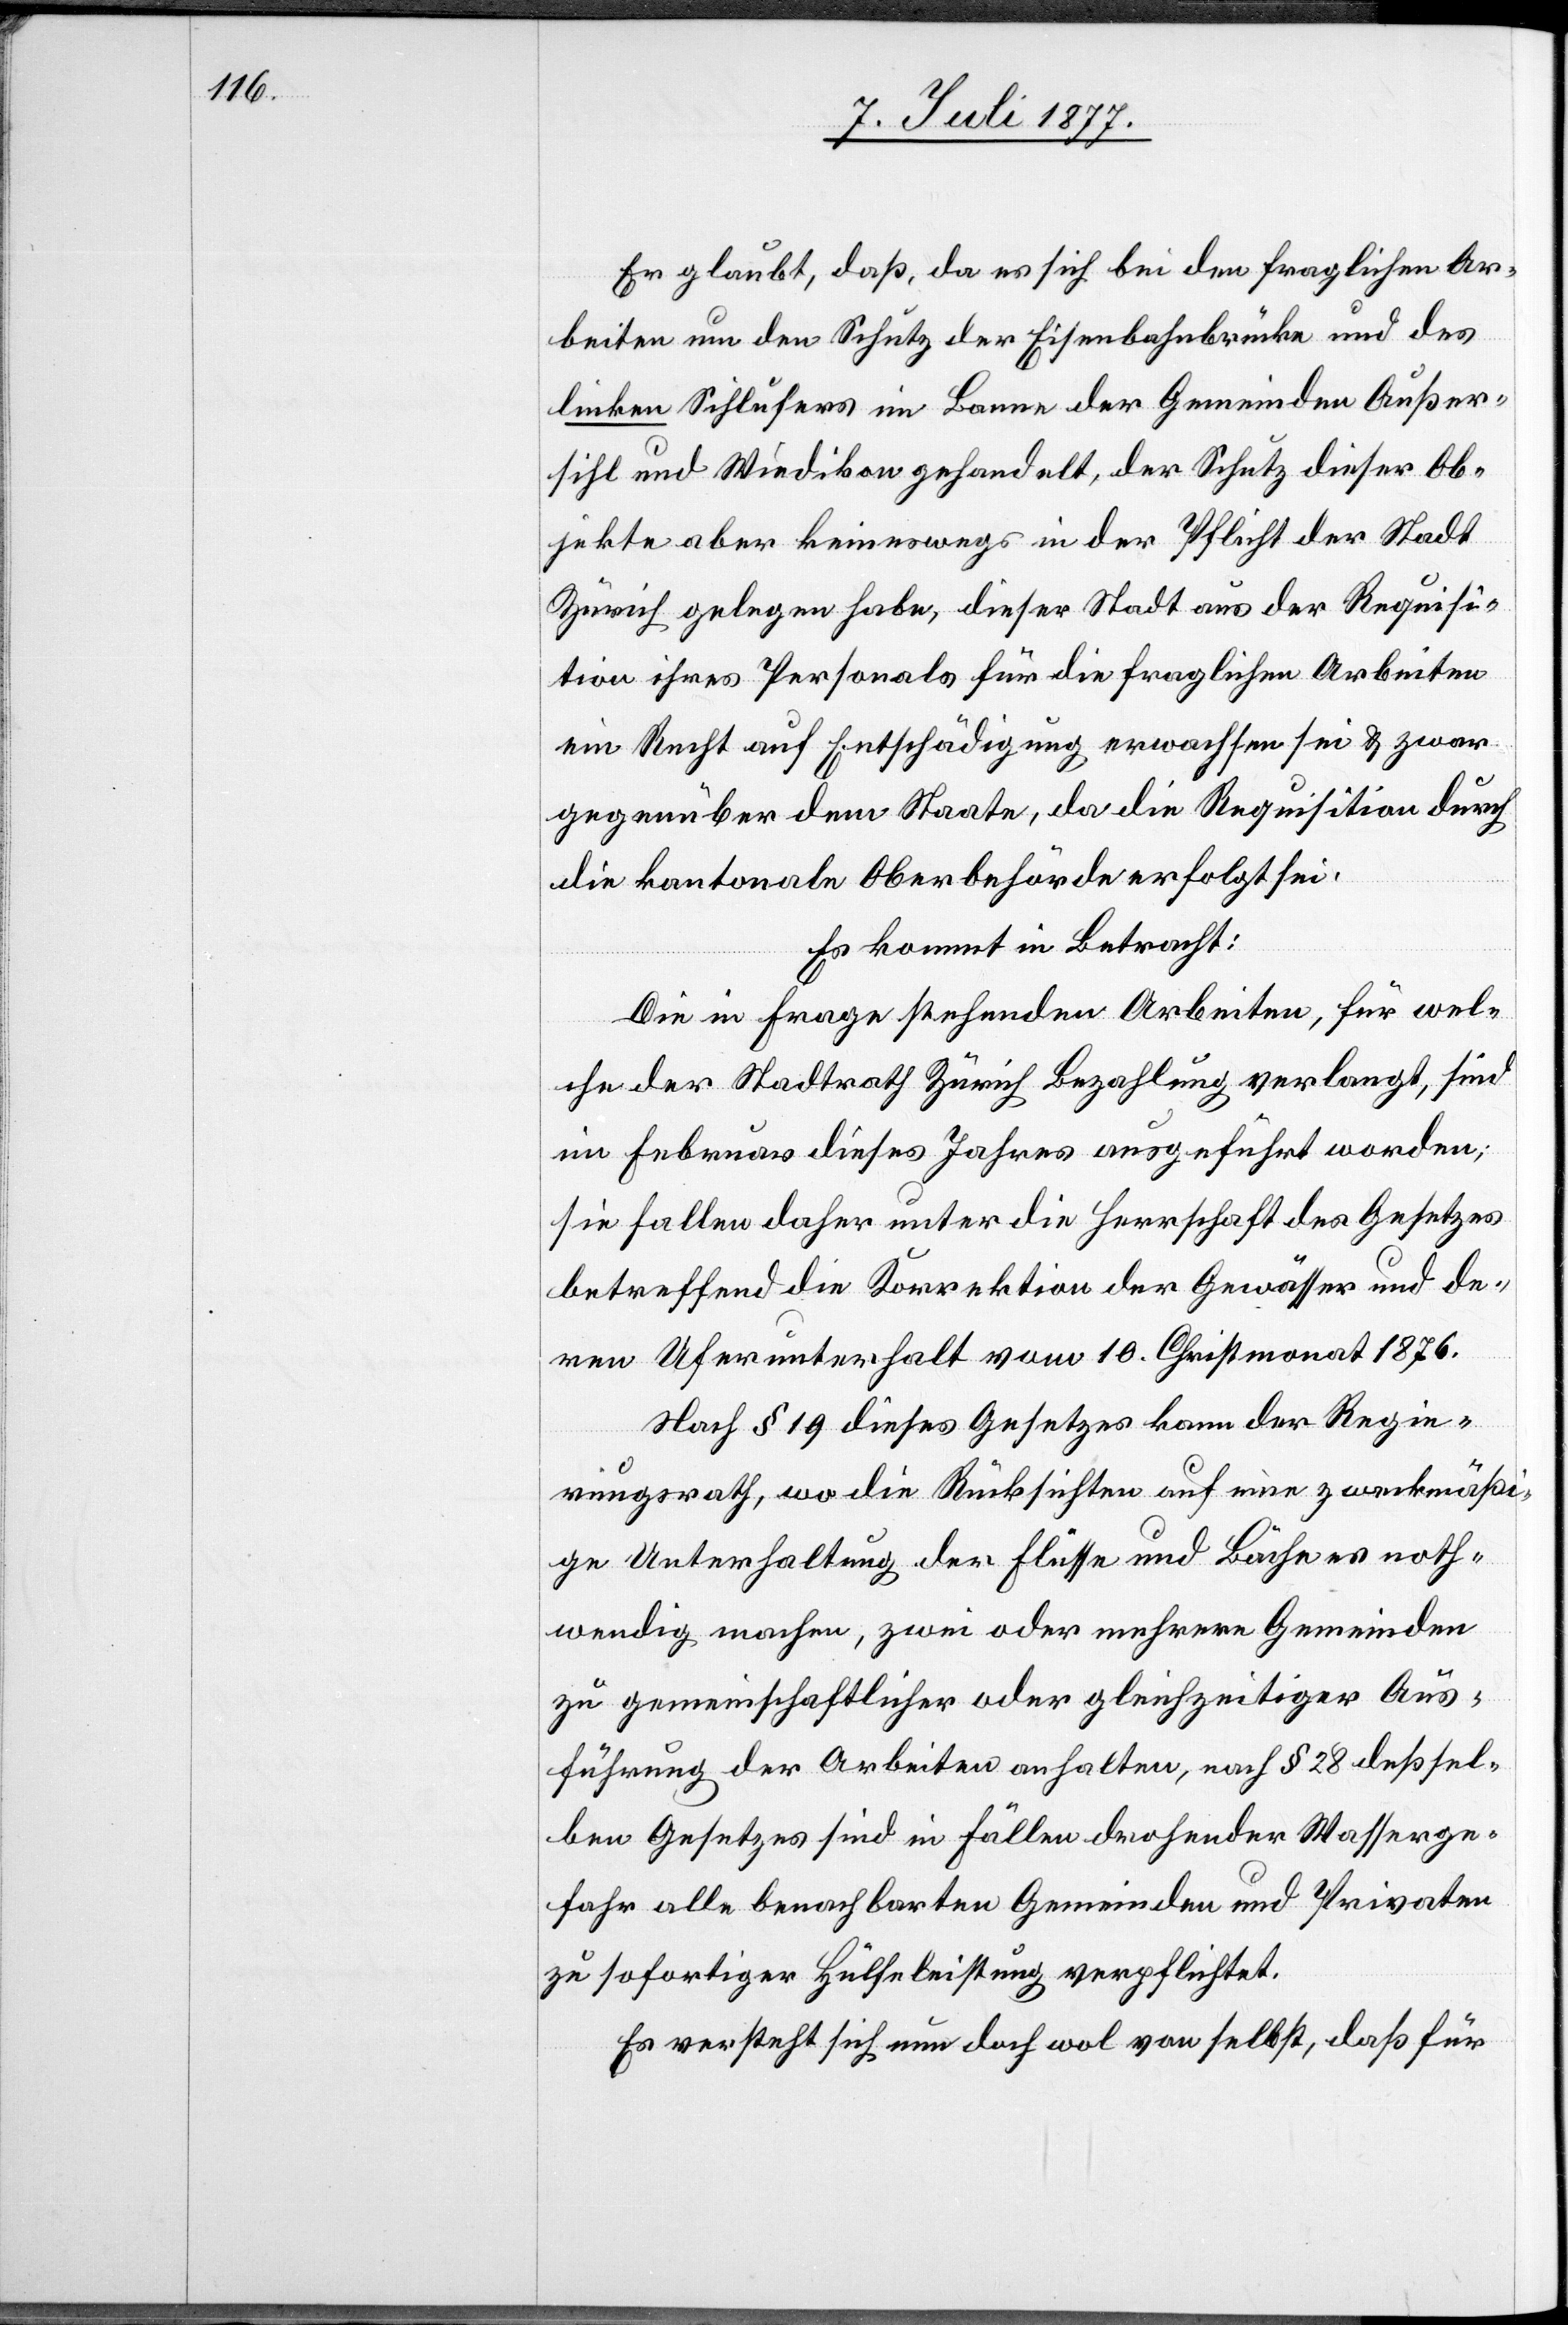
Er glaubt, daß, da es sich bei den fraglichen Ar¬
beiten um den Schutz der Eisenbahnbrücke und des
linken Sihlufers im Banne der Gemeinden Außer¬
sihl und Wiedikon gehandelt, der Schutz dieser Ob¬
jekte aber keineswegs in der Pflicht der Stadt
Zürich gelegen habe, dieser Stadt aus der Requisi¬
tion ihres Personals für die fraglichen Arbeiten
ein Recht auf Entschädigung erwachsen sei & zwar
gegenüber dem Staate, da die Requisition durch
die kantonale Oberbehörde erfolgt sei.
Es kommt in Betracht:
Die in Frage stehenden Arbeiten, für wel¬
che der Stadtrath Zürich Bezahlung verlangt, sind
im Februar dieses Jahres ausgeführt worden;
sie fallen daher unter die Herrschaft des Gesetzes
betreffend die Korrektion der Gewässer und de¬
ren Uferunterhalt vom 10. Christmonat 1876.
Nach § 19 dieses Gesetzes kann der Regie¬
rungsrath, wo die Rücksichten auf eine zweckmäßi¬
ge Unterhaltung der Flüsse und Bäche es noth¬
wendig machen, zwei oder mehrere Gemeinden
zu gemeinschaftlicher oder gleichzeitiger Aus¬
führung der Arbeiten anhalten, nach § 28 deßsel¬
ben Gesetzes sind in Fällen drohender Wasserge¬
fahr alle benachbarten Gemeinden und Privaten
zu sofortiger Hülfeleistung verpflichtet.
Es versteht sich nun doch wol von selbst, daß für